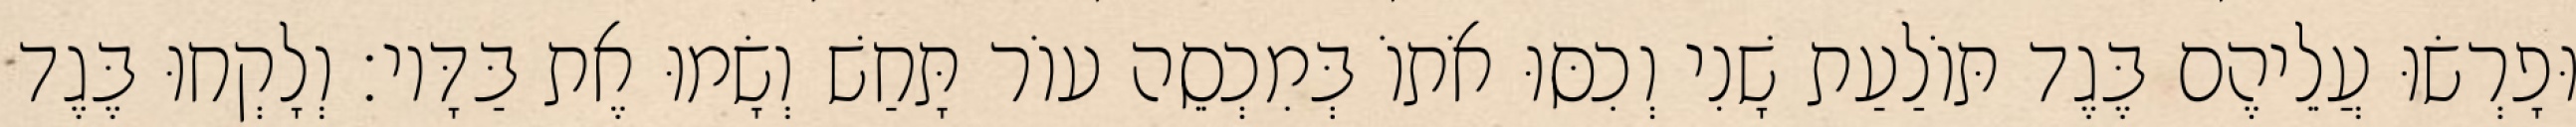
וּפָרְשׂוּ עֲלֵיהֶם בֶּגֶד תּוֹלַעַת שָׁנִי וְכִסּוּ אֹתוֹ בְּמִכְסֵה עוֹר תָּחַשׁ וְשָׂמוּ אֶת בַּדָּיו׃ וְלָקְחוּ בֶּגֶד